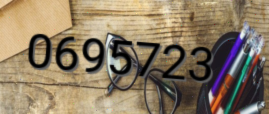
0695723